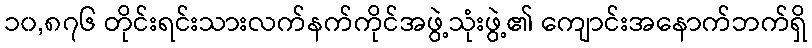
၁၀,၈၇၆ တိုင်းရင်းသားလက်နက်ကိုင်အဖွဲ့သုံးဖွဲ့၏ ကျောင်းအနောက်ဘက်ရှိ